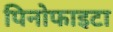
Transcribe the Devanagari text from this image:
पिनोफाइटा